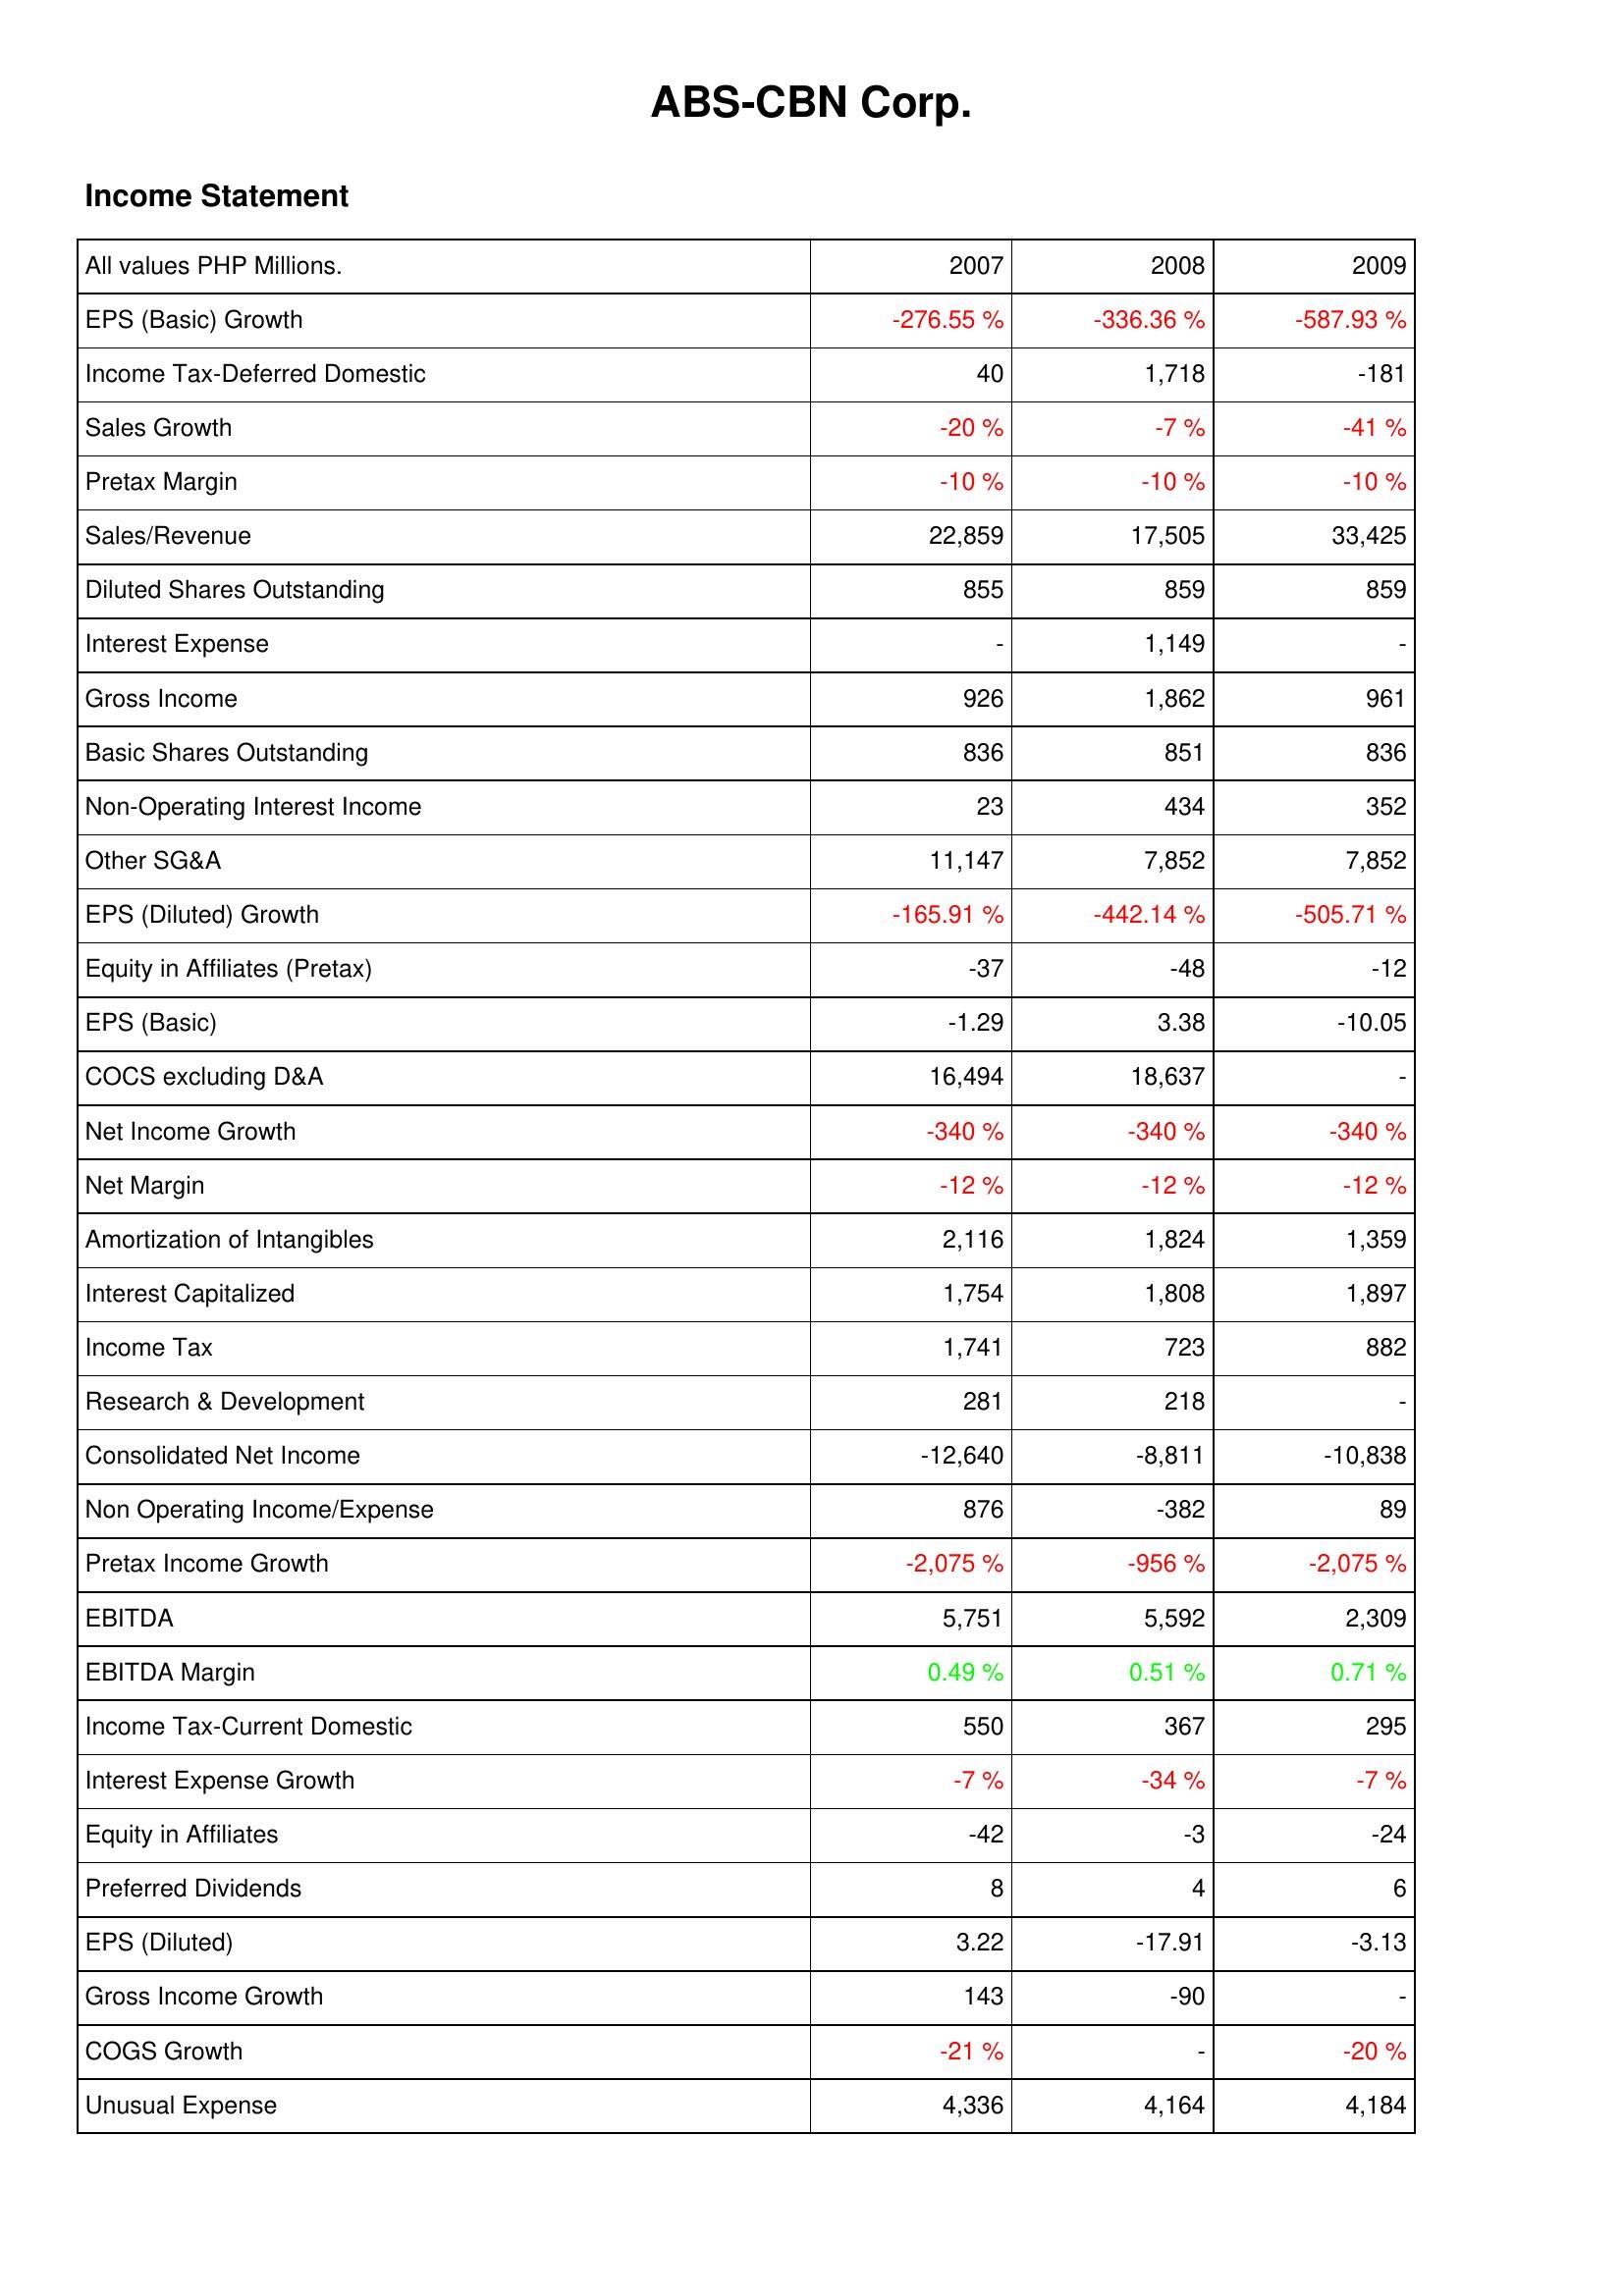
2007: Income Statement: EPS (Basic) Growth: -276.55 %
Income Tax-Deferred Domestic: 40
Sales Growth: -20 %
Pretax Margin: -10 %
Sales/Revenue: 22,859
Diluted Shares Outstanding: 855
Interest Expense: -
Gross Income: 926
Basic Shares Outstanding: 836
Non-Operating Interest Income: 23
Other SG&A: 11,147
EPS (Diluted) Growth: -165.91 %
Equity in Affiliates (Pretax): -37
EPS (Basic): -1.29
COCS excluding D&A: 16,494
Net Income Growth: -340 %
Net Margin: -12 %
Amortization of Intangibles: 2,116
Interest Capitalized: 1,754
Income Tax: 1,741
Research & Development: 281
Consolidated Net Income: -12,640
Non Operating Income/Expense: 876
Pretax Income Growth: -2,075 %
EBITDA: 5,751
EBITDA Margin: 0.49 %
Income Tax-Current Domestic: 550
Interest Expense Growth: -7 %
Equity in Affiliates: -42
Preferred Dividends: 8
EPS (Diluted): 3.22
Gross Income Growth: 143
COGS Growth: -21 %
Unusual Expense: 4,336
2008: Income Statement: EPS (Basic) Growth: -336.36 %
Income Tax-Deferred Domestic: 1,718
Sales Growth: -7 %
Pretax Margin: -10 %
Sales/Revenue: 17,505
Diluted Shares Outstanding: 859
Interest Expense: 1,149
Gross Income: 1,862
Basic Shares Outstanding: 851
Non-Operating Interest Income: 434
Other SG&A: 7,852
EPS (Diluted) Growth: -442.14 %
Equity in Affiliates (Pretax): -48
EPS (Basic): 3.38
COCS excluding D&A: 18,637
Net Income Growth: -340 %
Net Margin: -12 %
Amortization of Intangibles: 1,824
Interest Capitalized: 1,808
Income Tax: 723
Research & Development: 218
Consolidated Net Income: -8,811
Non Operating Income/Expense: -382
Pretax Income Growth: -956 %
EBITDA: 5,592
EBITDA Margin: 0.51 %
Income Tax-Current Domestic: 367
Interest Expense Growth: -34 %
Equity in Affiliates: -3
Preferred Dividends: 4
EPS (Diluted): -17.91
Gross Income Growth: -90
COGS Growth: -
Unusual Expense: 4,164
2009: Income Statement: EPS (Basic) Growth: -587.93 %
Income Tax-Deferred Domestic: -181
Sales Growth: -41 %
Pretax Margin: -10 %
Sales/Revenue: 33,425
Diluted Shares Outstanding: 859
Interest Expense: -
Gross Income: 961
Basic Shares Outstanding: 836
Non-Operating Interest Income: 352
Other SG&A: 7,852
EPS (Diluted) Growth: -505.71 %
Equity in Affiliates (Pretax): -12
EPS (Basic): -10.05
COCS excluding D&A: -
Net Income Growth: -340 %
Net Margin: -12 %
Amortization of Intangibles: 1,359
Interest Capitalized: 1,897
Income Tax: 882
Research & Development: -
Consolidated Net Income: -10,838
Non Operating Income/Expense: 89
Pretax Income Growth: -2,075 %
EBITDA: 2,309
EBITDA Margin: 0.71 %
Income Tax-Current Domestic: 295
Interest Expense Growth: -7 %
Equity in Affiliates: -24
Preferred Dividends: 6
EPS (Diluted): -3.13
Gross Income Growth: -
COGS Growth: -20 %
Unusual Expense: 4,184